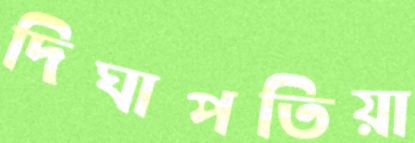
দিঘাপতিয়া